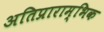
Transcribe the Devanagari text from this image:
अतिप्राराम्भिक